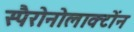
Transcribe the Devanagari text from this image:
स्पैरोनोलाक्टोंन